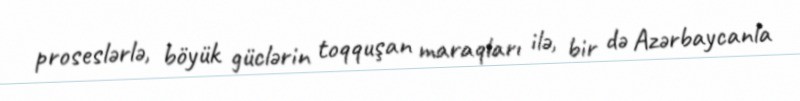
proseslərlə, böyük güclərin toqquşan maraqları ilə, bir də Azərbaycanla